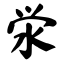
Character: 泶